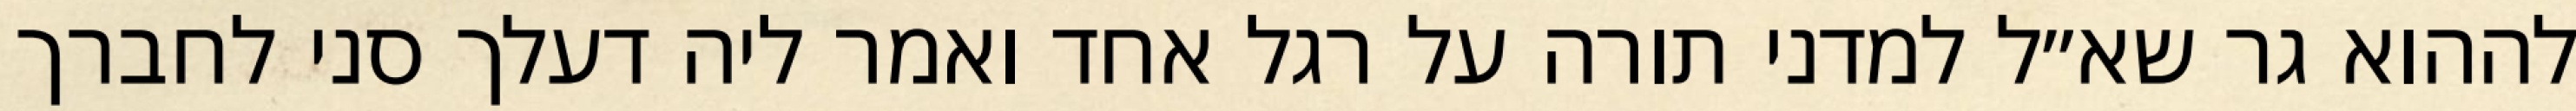
לההוא גר שא״ל למדני תורה על רגל אחד ואמר ליה דעלך סני לחברך